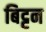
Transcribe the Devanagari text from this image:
बिट्टन